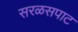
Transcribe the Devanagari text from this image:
सरळसपाट